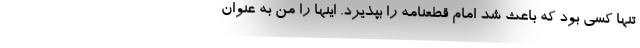
تنها کسی بود که باعث شد امام قطعنامه را بپذیرد. اینها را من به عنوان